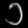
Digit: ၁